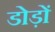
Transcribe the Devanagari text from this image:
डोड़ों